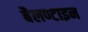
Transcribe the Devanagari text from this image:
बैलण्टाइन